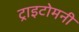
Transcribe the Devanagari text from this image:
ट्राइटोमनी